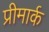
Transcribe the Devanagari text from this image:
प्रीमार्क